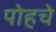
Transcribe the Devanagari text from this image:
पोहचे